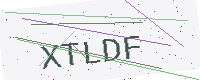
Text: XTLDF